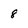
Character: 8